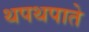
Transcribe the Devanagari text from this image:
थपथपाते